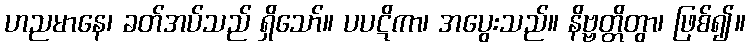
ဟညမာနေ၊ ခတ်အပ်သည် ရှိသော်။ ပပဋိကာ၊ အပွေးသည်။ နိဗ္ဗတ္တိတွာ၊ ဖြစ်၍။